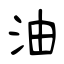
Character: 油